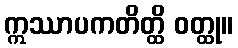
ဣဿာပကတိတ္ထိ ဝတ္ထု။